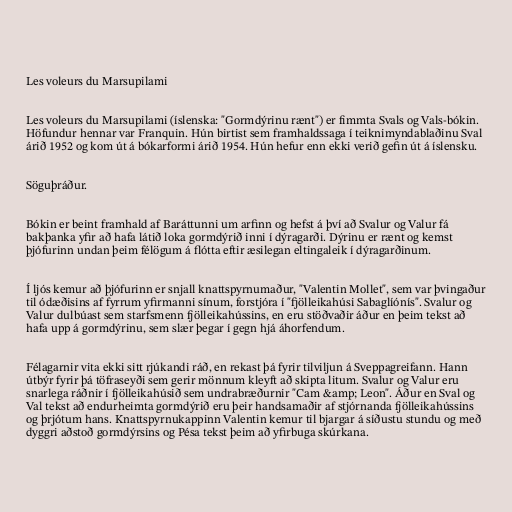
Les voleurs du Marsupilami

Les voleurs du Marsupilami (íslenska: "Gormdýrinu rænt") er fimmta Svals og Vals-bókin.
Höfundur hennar var Franquin. Hún birtist sem framhaldssaga í teiknimyndablaðinu Sval
árið 1952 og kom út á bókarformi árið 1954. Hún hefur enn ekki verið gefin út á íslensku.

Söguþráður.

Bókin er beint framhald af Baráttunni um arfinn og hefst á því að Svalur og Valur fá
bakþanka yfir að hafa látið loka gormdýrið inni í dýragarði. Dýrinu er rænt og kemst
þjófurinn undan þeim félögum á flótta eftir æsilegan eltingaleik í dýragarðinum.

Í ljós kemur að þjófurinn er snjall knattspyrnumaður, "Valentin Mollet", sem var þvingaður
til ódæðisins af fyrrum yfirmanni sínum, forstjóra í "fjölleikahúsi Sabaglíónís". Svalur og
Valur dulbúast sem starfsmenn fjölleikahússins, en eru stöðvaðir áður en þeim tekst að
hafa upp á gormdýrinu, sem slær þegar í gegn hjá áhorfendum.

Félagarnir vita ekki sitt rjúkandi ráð, en rekast þá fyrir tilviljun á Sveppagreifann. Hann
útbýr fyrir þá töfraseyði sem gerir mönnum kleyft að skipta litum. Svalur og Valur eru
snarlega ráðnir í fjölleikahúsið sem undrabræðurnir "Cam &amp; Leon". Áður en Sval og
Val tekst að endurheimta gormdýrið eru þeir handsamaðir af stjórnanda fjölleikahússins
og þrjótum hans. Knattspyrnukappinn Valentin kemur til bjargar á síðustu stundu og með
dyggri aðstoð gormdýrsins og Pésa tekst þeim að yfirbuga skúrkana.